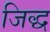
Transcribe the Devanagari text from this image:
जिद्ध